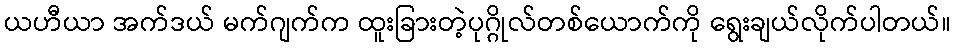
ယဟီယာ အက်ဒယ် မက်ဂျက်က ထူးခြားတဲ့ပုဂ္ဂိုလ်တစ်ယောက်ကို ရွေးချယ်လိုက်ပါတယ်။